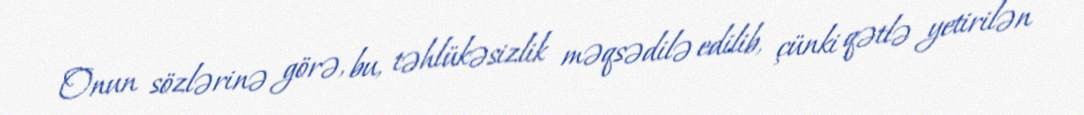
Onun sözlərinə görə, bu, təhlükəsizlik məqsədilə edilib, çünki qətlə yetirilən